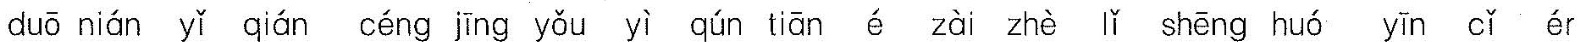
duō nián yǐ qián céng jīng yǒu qún tiān gē zài zhè lǐ shēng huó yīn cǐ ér